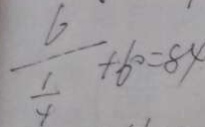
\frac { 6 } { \frac { 1 } { y } } + 6 0 = 8 4